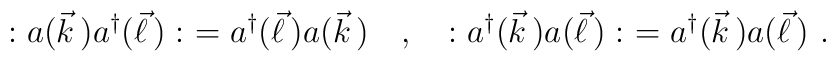
:a(\vec{k}\,)a^\dagger(\vec{\ell}\,):\ =a^\dagger(\vec{\ell}\,)a(\vec{k}\,)\ \ \ ,\ \ \ :a^\dagger(\vec{k}\,)a(\vec{\ell}\,):\ =a^\dagger(\vec{k}\,)a(\vec{\ell}\,)\ .